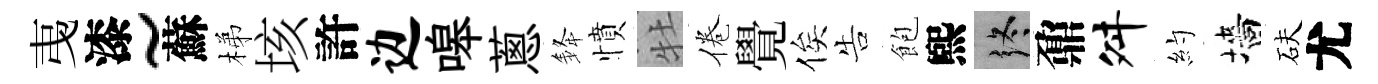
𢎯漆~蘇梯垓許边嗥蔥𨦟憤牡倦覺俟告飽煕终鼐舛約墻砆尤